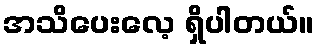
အသိပေးလေ့ ရှိပါတယ်။